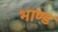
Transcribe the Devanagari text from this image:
भाण्ड